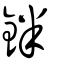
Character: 鉡